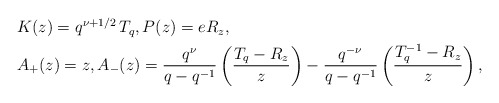
\begin{align*}\begin{aligned} &K(z)=q^{\nu+1/2}\,T_{q},P(z)=e R_{z}, \\ &A_{+}(z)=z, A_{-}(z)=\frac{q^{\nu}}{q-q^{-1}}\left(\frac{T_{q}-R_{z}}{z}\right)-\frac{q^{-\nu}}{q-q^{-1}}\left(\frac{T_{q}^{-1}-R_{z}}{z}\right), \end{aligned}\end{align*}